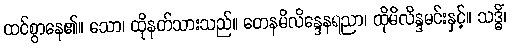
ထင်စွာနေ၏။ သော၊ ထိုနတ်သားသည်။ တေနမိလိန္ဒေနရညာ၊ ထိုမိလိန္ဒမင်းနှင့်။ သဒ္ဓိံ၊